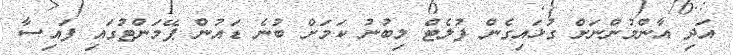
އަދި އާންމުންނަށް ގުޅައިގެން ފުލެޓް ލިބުނު ކަމަށް ބުނެ ޑައުން ޕޭމަންޓުގައި ފައިސާ